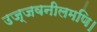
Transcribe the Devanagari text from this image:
उज्जवनीलमणि।